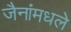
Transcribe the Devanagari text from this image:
जैनांमधले